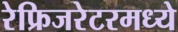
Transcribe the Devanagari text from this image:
रेफ्रिजरेटरमध्ये